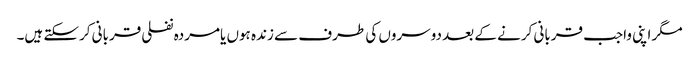
مگر اپنی واجب قربانی کرنے کے بعد دوسروں کی طرف سے زندہ ہوں یامردہ نفلی قربانی کرسکتے ہیں۔